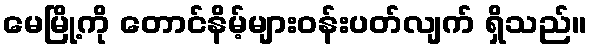
မေမြို့ကို တောင်နိမ့်များဝန်းပတ်လျက် ရှိသည်။